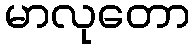
မာလုတော